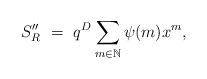
LaTeX: \begin{align*}S_R''\ =\ q^D \sum_{m \in \mathbb{N}} \psi(m) x^m,\end{align*}